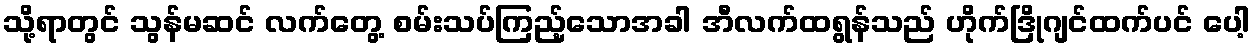
သို့ရာတွင် သွန်မဆင် လက်တွေ့ စမ်းသပ်ကြည့်သောအခါ အီလက်ထရွန်သည် ဟိုက်ဒြိုဂျင်ထက်ပင် ပေါ့